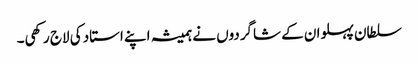
سلطان پہلوان کے شاگردوں نے ہمیشہ اپنے استاد کی لاج رکھی۔